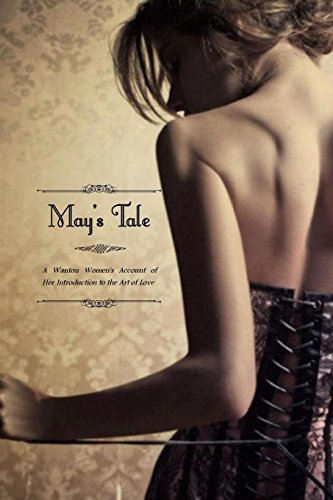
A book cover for May's Tale: A Wanton Women's Account of her Introduction to the Art of Love; Anonymous; Romance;